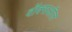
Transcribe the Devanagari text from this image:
वॉक्सऑल